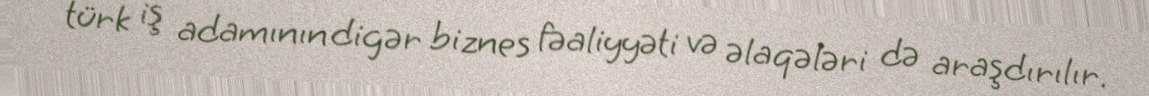
türk iş adamının digər biznes fəaliyyəti və əlaqələri də araşdırılır.